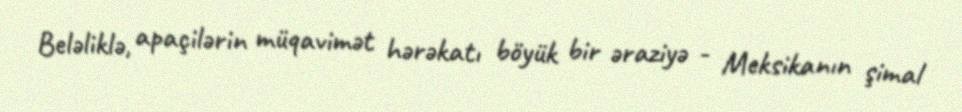
Beləliklə, apaçilərin müqavimət hərəkatı böyük bir əraziyə - Meksikanın şimal